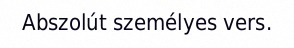
Abszolút személyes vers.